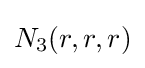
N_{3}(r,r,r)